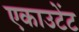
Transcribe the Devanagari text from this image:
एकाउटेंट